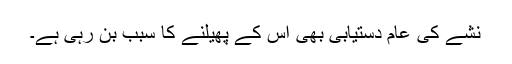
نشے کی عام دستیابی بھی اس کے پھیلنے کا سبب بن رہی ہے۔